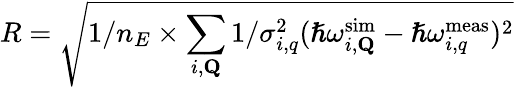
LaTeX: R=\sqrt{1/n_{E}\times\sum_{i,\mathbf{Q}}1/\sigma_{i,q}^{2}(\hslash\omega_{i,\mathbf{Q}}^{\mathrm{sim}}-\hslash\omega_{i,q}^{\mathrm{meas}})^{2}}